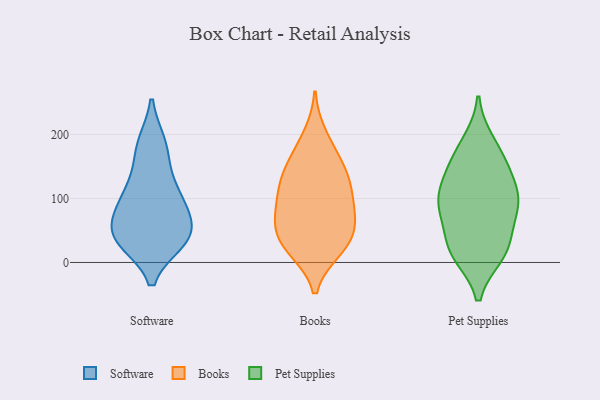
{"axis": {"x": "Energy Usage (MWh)", "y": "Value"}, "legend": ["Books", "Pet Supplies", "Software"], "data": [{"x": "", "y": 185, "type": "Software"}, {"x": "", "y": 36, "type": "Software"}, {"x": "", "y": 43, "type": "Software"}, {"x": "", "y": 34, "type": "Software"}, {"x": "", "y": 41, "type": "Software"}, {"x": "", "y": 56, "type": "Software"}, {"x": "", "y": 81, "type": "Software"}, {"x": "", "y": 146, "type": "Software"}, {"x": "", "y": 97, "type": "Software"}, {"x": "", "y": 184, "type": "Software"}, {"x": "", "y": 105, "type": "Software"}, {"x": "", "y": 102, "type": "Software"}, {"x": "", "y": 37, "type": "Software"}, {"x": "", "y": 75, "type": "Books"}, {"x": "", "y": 45, "type": "Books"}, {"x": "", "y": 64, "type": "Books"}, {"x": "", "y": 200, "type": "Books"}, {"x": "", "y": 42, "type": "Books"}, {"x": "", "y": 19, "type": "Books"}, {"x": "", "y": 161, "type": "Books"}, {"x": "", "y": 63, "type": "Books"}, {"x": "", "y": 19, "type": "Books"}, {"x": "", "y": 23, "type": "Books"}, {"x": "", "y": 135, "type": "Books"}, {"x": "", "y": 135, "type": "Books"}, {"x": "", "y": 88, "type": "Books"}, {"x": "", "y": 119, "type": "Books"}, {"x": "", "y": 97, "type": "Books"}, {"x": "", "y": 120, "type": "Books"}, {"x": "", "y": 170, "type": "Books"}, {"x": "", "y": 14, "type": "Pet Supplies"}, {"x": "", "y": 97, "type": "Pet Supplies"}, {"x": "", "y": 22, "type": "Pet Supplies"}, {"x": "", "y": 94, "type": "Pet Supplies"}, {"x": "", "y": 100, "type": "Pet Supplies"}, {"x": "", "y": 167, "type": "Pet Supplies"}, {"x": "", "y": 81, "type": "Pet Supplies"}, {"x": "", "y": 186, "type": "Pet Supplies"}, {"x": "", "y": 144, "type": "Pet Supplies"}, {"x": "", "y": 20, "type": "Pet Supplies"}, {"x": "", "y": 27, "type": "Pet Supplies"}, {"x": "", "y": 88, "type": "Pet Supplies"}, {"x": "", "y": 140, "type": "Pet Supplies"}]}